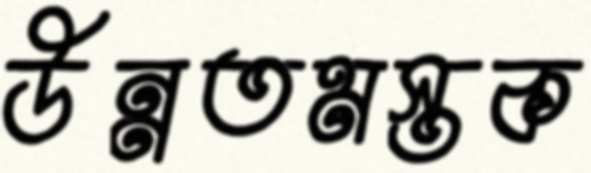
উন্নতমস্তক